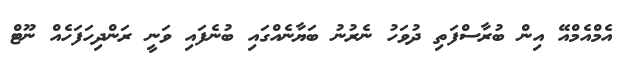
އެމްއެމްއޭ އިން ބުރާސްފަތި ދުވަހު ނެރުނު ބަޔާނެއްގައި ބުނެފައި ވަނީ ރަންދިހަފަހެއް ނޫޓް